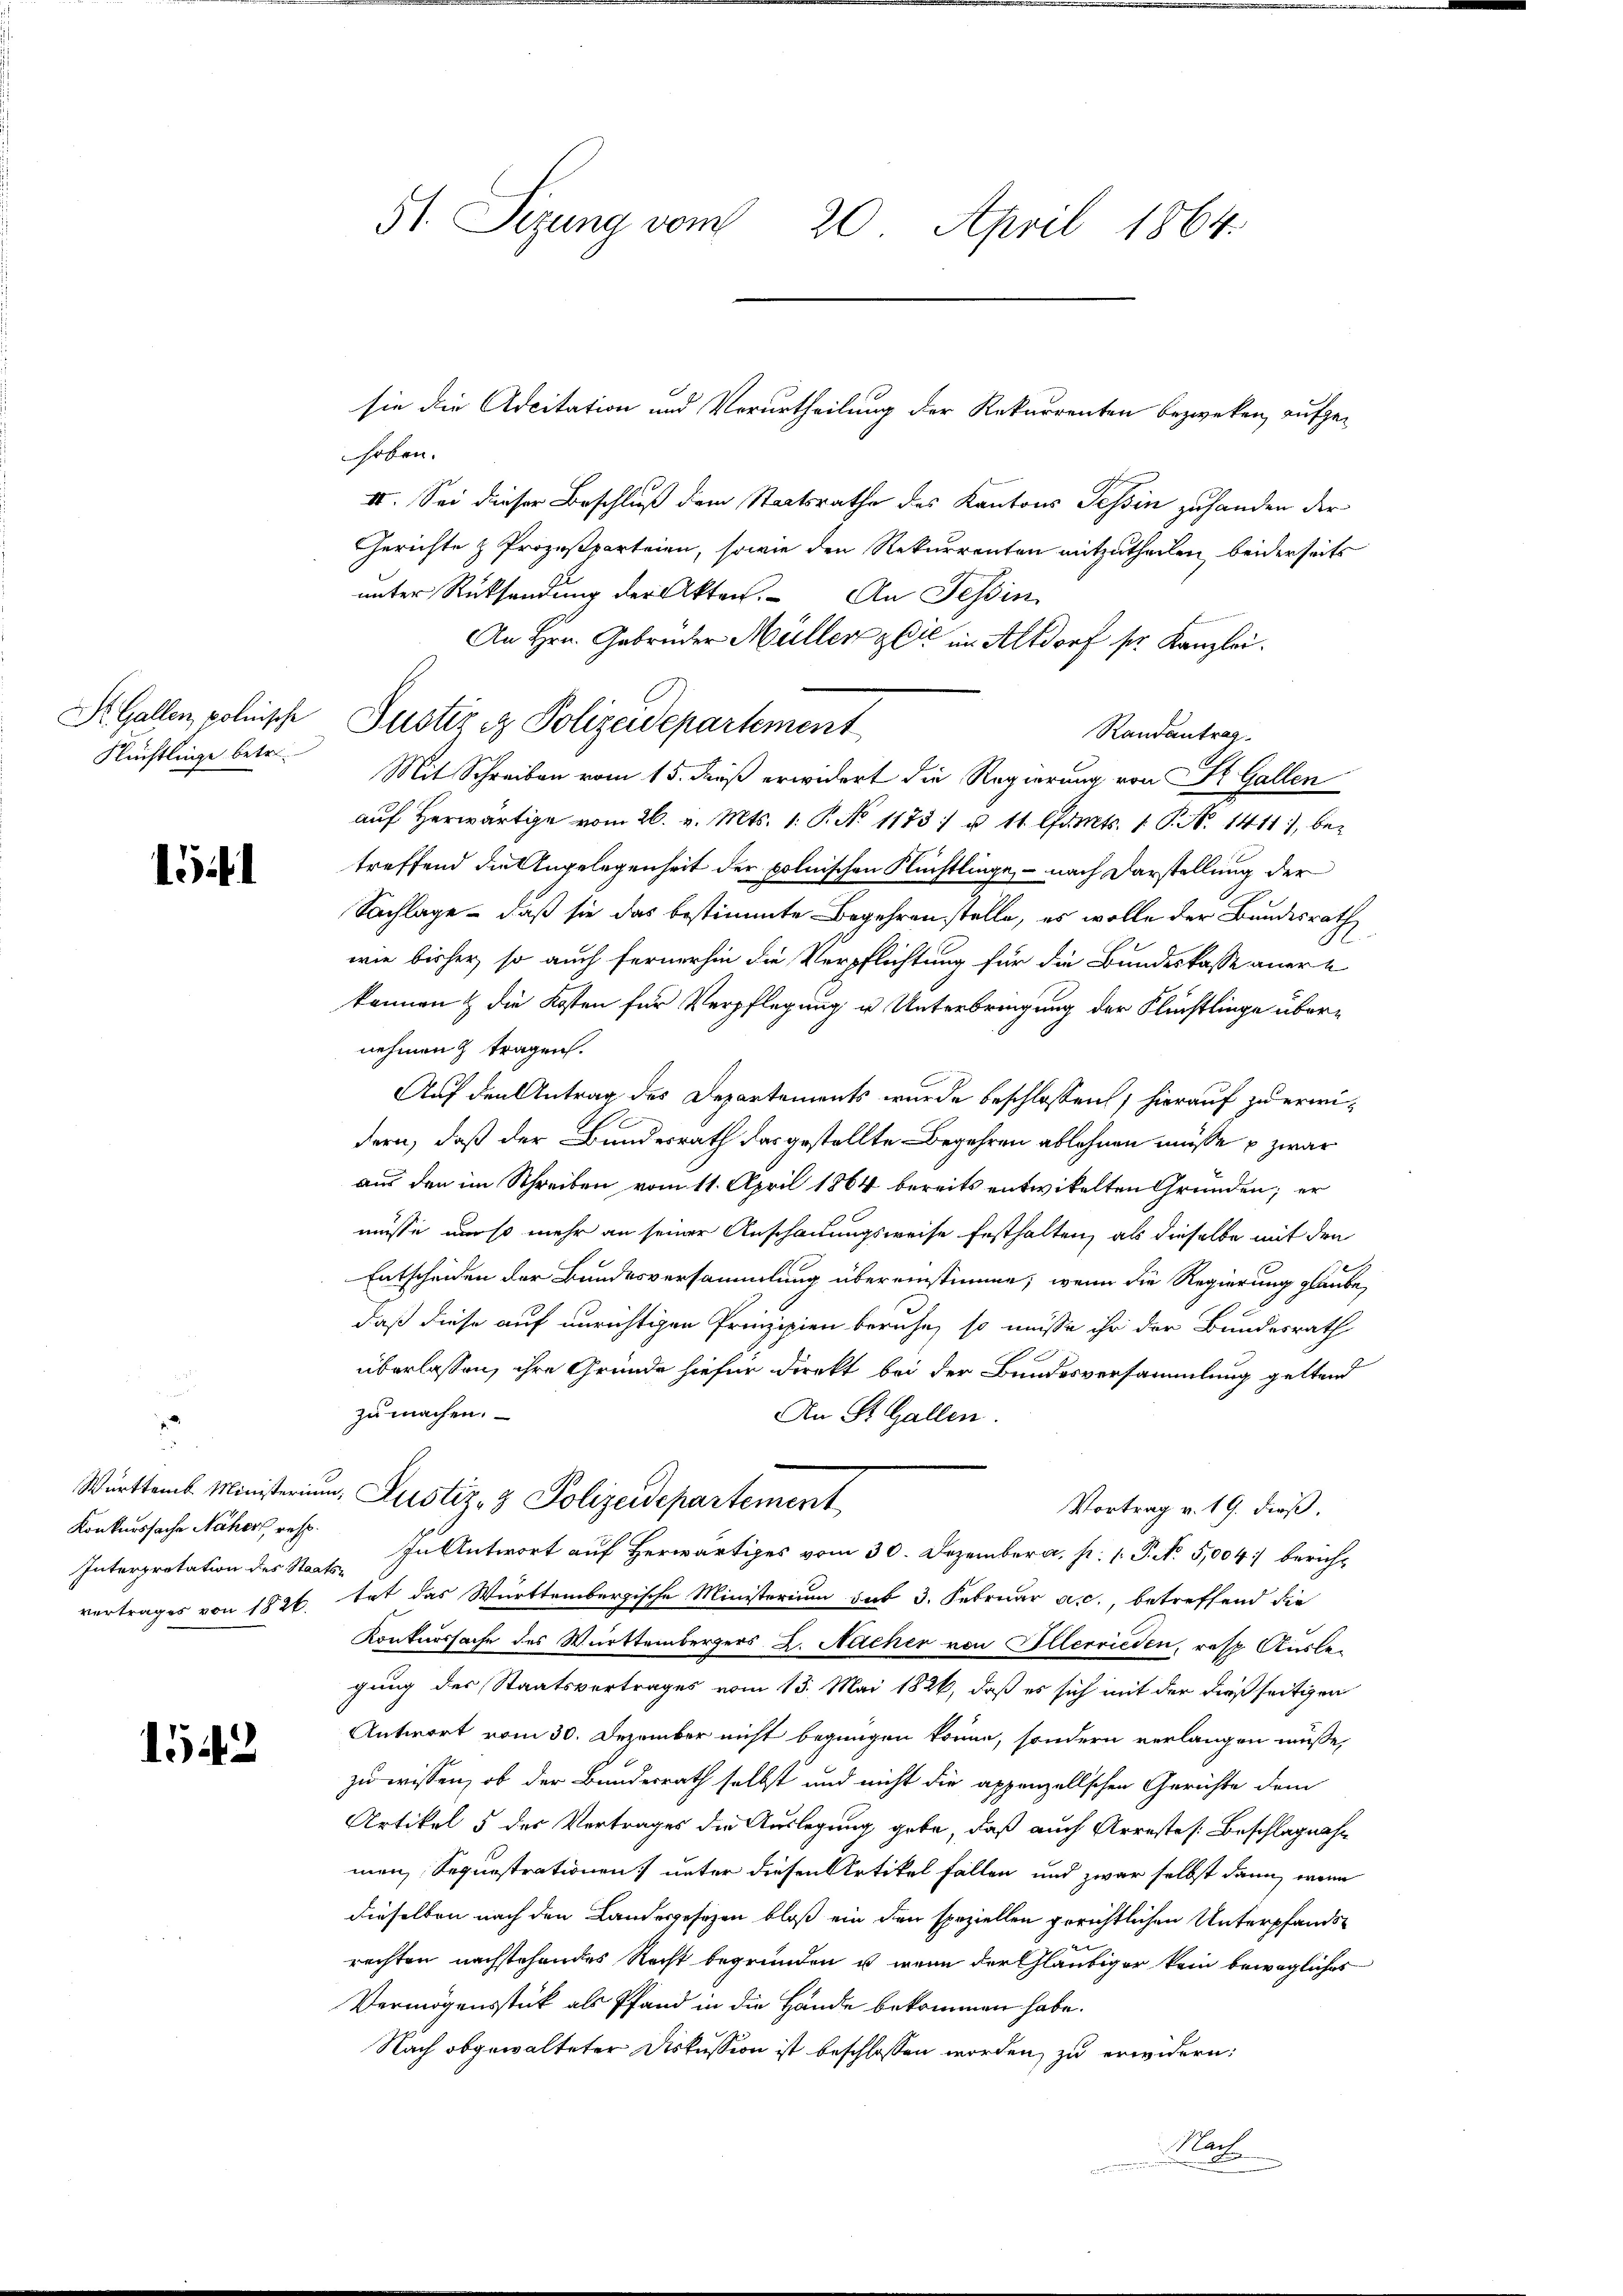
St. Gallen, polnische
Flüchtlinge betre

15

Konkurssache Näher, resp.
Interpretation des Staatsvertrages von 1826.

1542

51. Sizung vom 20. April 1864.

sie die Adcitation und Verurtheilung der Rekurrenten bezweken, aufge-
hoben.
II. Sei dieser Beschluß dem Staatsrathe des Kantons Tessin zuhanden der
Gerichte & Prozesparteien, sowie den Rekurrenten mitzutheilen, beiderseits
unter Rücksendung der Akten. An Tessin
An Hrn. Gebrüder Müller & Cie im Altdorf ser Kanzlei.
Randantrag
Mit Schreiben vom 15. dieß erwidert die Regierung von St. Gallen
aŭf herwärtige vom 26. v. Mts. 1. P. No 11731 u 11. Cents. 1. P. N. 1411, bez
treffend die Angelegenheit der polnischen Flüchtlinge, – nach Darstellung der
Sachlage - daß sie das bestimmte Begehrenstelle, es wolle der Bundesrath
wie bisher, so auch fernerhin die Verpflichtung für die Bundeskasse anere
können & die Kosten für Verpflegung u Unterbringung der Flüchtlinge übernehmen & tragen.
Auf den Antrag des Departements wurde beschlossen, hierauf zu erwidern, daß der Bundesrath das gestellte Begehren ablehnen müsse u zwar
aus den im Schreiben vom 11. April 1864 bereits entwickelten Gründen; er
müsse uns mehr an seiner Anschauungsweise festhalten, als dieselbe mit den
Entscheiden der Bundesversammlung übereinstimme, wenn die Regierung glaube,
daß diese auf unrichtigen Prinzipien beruhe, so müsse ihr der Bundesrath
überlassen, ihre Gründe hiefür direkt bei der Bundesversammlung geltend
zu machen.
An St. Gallen.
Württemb. Ministerium, Justiz- & Polizeidepartement
Vortrag v. 19. dieß.
In Antwort auf herwärtiges vom 30. Dezember a. p. 1. P. N. 5,004 berichtat das Württembergische Ministerium sub 3. Februar a.c., betreffend die
Konkurssache des Württembergers L. Nacher von Illerrieden, resp. Auslegung des Staatsvertrages vom 13. Mai 1826, daß es sich mit der dießseitigen
Antwort vom 30. Dezember nicht begnügen könne, sondern verlangen müsse,
zu wissen, ob der Bundesrath selbst und nicht die appenzellschen Gerichte dem
Artikel 5 des Vertrages die Auslegung gebe, daß auch Arrestes Beschlagnahm
men, Sequestrationen) unter diesen Artikel fällen und zwar selbst dann, wenn
dieselben nach den Landesgesezen bloß ein den speziellen gerichtlichen Unterpfandsrechten nachstehendes Recht begründen u. wenn der Gläubiger kein bewegliches
Vermögensstück als Pfand in die Hände bekommen habe.
Nach obgewalteter Diskussion ist beschlossen worden, zu erwidern:
Nac

Justiz & Polizeidepartement